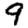
Digit: 9